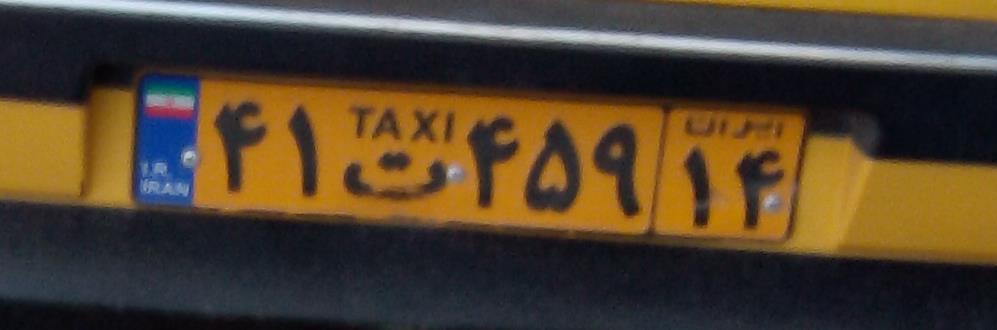
۴۱ت۴۵۹۱۴